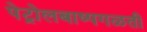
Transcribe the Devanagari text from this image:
पेट्रोलबाष्पगळती